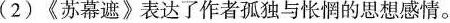
(2)《苏幕遮》表达了作者孤独与怅惘的思想感情。